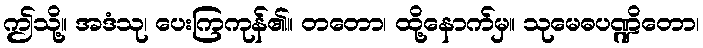
ဤသို့။ အဒံသု၊ ပေးကြကုန်၏။ တတော၊ ထို့နောက်မှ။ သုမေဓပဏ္ဍိတော၊